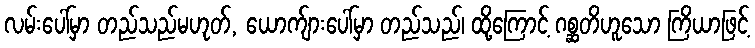
လမ်းပေါ်မှာ တည်သည်မဟုတ်, ယောက်ျားပေါ်မှာ တည်သည်၊ ထို့ကြောင့် ဂစ္ဆတိဟူသော ကြိယာဖြင့်